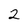
Character: 2